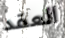
العقد